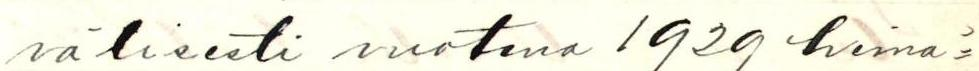
välisesti vuotena 1929 heinä=